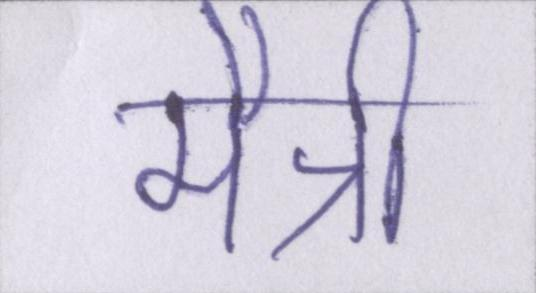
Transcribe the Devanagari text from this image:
मैत्री